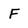
Character: F